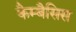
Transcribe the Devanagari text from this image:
कैम्बैसिस